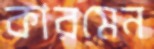
কারমেন